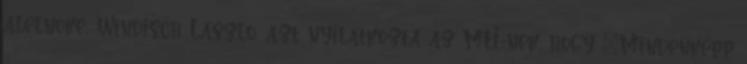
alelnöke, Windisch László, azt nyilatkozta az MTI-nek, hogy „Mindenképp